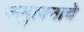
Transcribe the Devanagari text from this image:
अनुष्ठानाचे